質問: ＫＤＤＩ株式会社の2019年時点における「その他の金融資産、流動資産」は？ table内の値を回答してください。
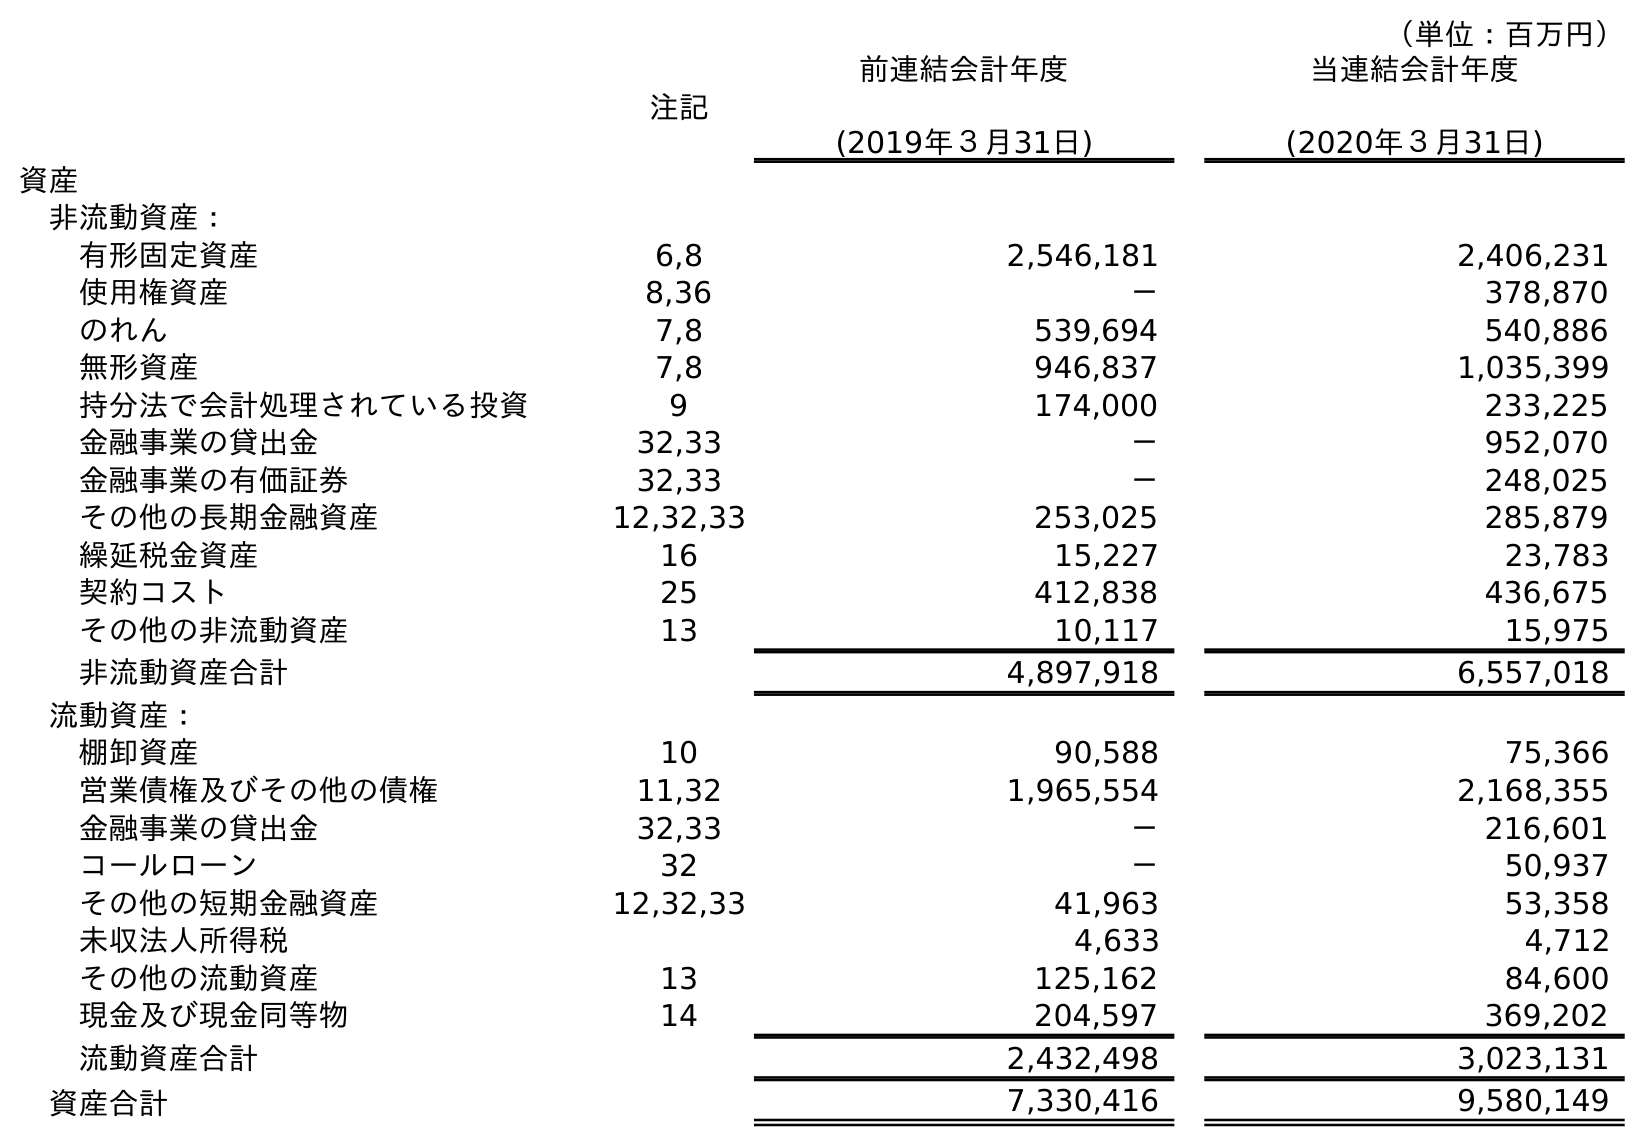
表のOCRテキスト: （単位：百万円） 注記 前連結会計年度 (2019年３月31日) 当連結会計年度 (2020年３月31日) 資産 非流動資産： 有形固定資産 6,8 2,546,181 2,406,231 使用権資産 8,36 － 378,870 のれん 7,8 539,694 540,886 無形資産 7,8 946,837 1,035,399 持分法で会計処理されている投資 9 174,000 233,225 金融事業の貸出金 32,33 － 952,070 金融事業の有価証券 32,33 － 248,025 その他の長期金融資産 12,32,33 253,025 285,879 繰延税金資産 16 15,227 23,783 契約コスト 25 412,838 436,675 その他の非流動資産 13 10,117 15,975 非流動資産合計 4,897,918 6,557,018 流動資産： 棚卸資産 10 90,588 75,366 営業債権及びその他の債権 11,32 1,965,554 2,168,355 金融事業の貸出金 32,33 － 216,601 コールローン 32 － 50,937 その他の短期金融資産 12,32,33 41,963 53,358 未収法人所得税 4,633 4,712 その他の流動資産 13 125,162 84,600 現金及び現金同等物 14 204,597 369,202 流動資産合計 2,432,498 3,023,131 資産合計 7,330,416 9,580,149
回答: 41,963